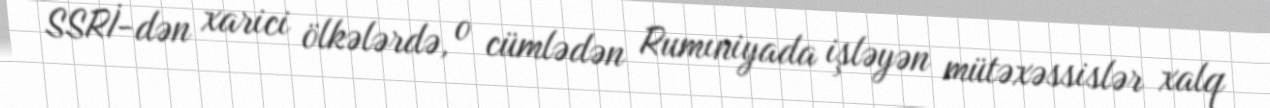
SSRİ-dən xarici ölkələrdə, o cümlədən Rumıniyada işləyən mütəxəssislər xalq